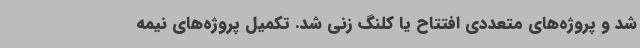
شد و پروژه‌های متعددی افتتاح یا کلنگ زنی شد. تکمیل پروژه‌های نیمه